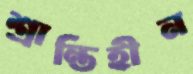
শ্রান্তিহীন